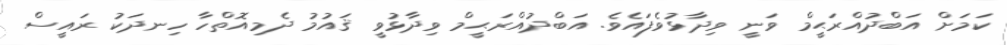
ކަމަށް އަބްދުއްރަޙީމް ވަނީ ވިދާޅުވެފައެވެ. އަބްދުއްރަޙީމް ވިދާޅުވީ ޤައުމު ދެމިއޮތްހާ ހިނދަކު ރައީސް